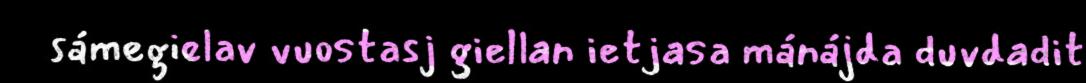
sámegielav vuostasj giellan ietjasa mánájda duvdadit